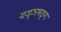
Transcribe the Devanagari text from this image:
यज्ञभङ्ग